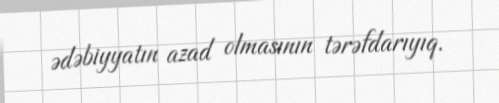
ədəbiyyatın azad olmasının tərəfdarıyıq.